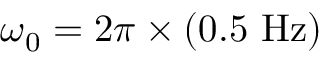
\omega _ { 0 } = 2 \pi \times ( 0 . 5 ~ \mathrm { H z } )